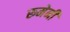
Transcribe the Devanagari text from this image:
रूमेनी